Lunatic asylums Punjab 1895-1910 - 1895-1910
Year: 1895
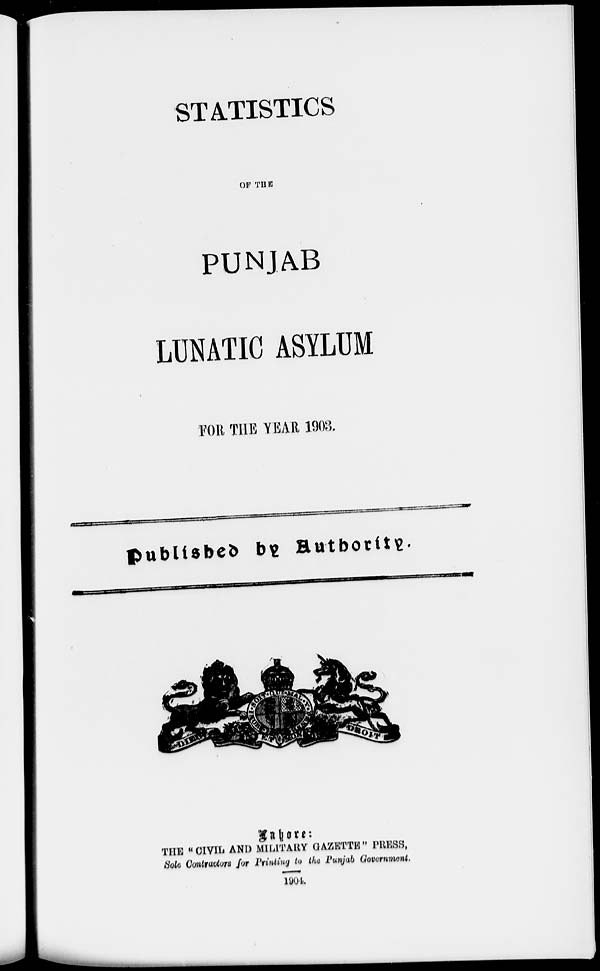
STATISTICS
OF THE
PUNJAB
LUNATIC ASYLUM
FOR THE YEAR 1903.
Published by Authority.
Lahore:
THE " CIVIL AND MILITARY GAZETTE " PRESS,
Sole Contractors for Printing to the Punjab Government.
1904.